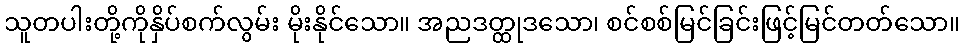
သူတပါးတို့ကိုနှိပ်စက်လွမ်း မိုးနိုင်သော။ အညဒတ္ထုဒသော၊ စင်စစ်မြင်ခြင်းဖြင့်မြင်တတ်သော။